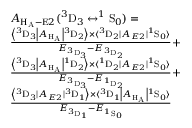
\begin{array} { r l } & { A _ { \mathrm { H _ { A } } - \mathrm { E } 2 } ( ^ { 3 } \mathrm { D } _ { 3 } \leftrightarrow ^ { 1 } \mathrm { S } _ { 0 } ) = } \\ & { \frac { \left\langle ^ 3 \mathrm { D } _ { 3 } \left| A _ { \mathrm { H _ { A } } } \right| { ^ 3 \mathrm { D } _ { 2 } } \right\rangle \times \langle ^ { 3 } \mathrm { D } _ { 2 } | A _ { E 2 } | ^ { 1 } \mathrm { S } _ { 0 } \rangle } { E _ { ^ 3 \mathrm { D } _ { 3 } } - E _ { ^ 3 \mathrm { D } _ { 2 } } } + } \\ & { \frac { \left\langle ^ 3 \mathrm { D } _ { 3 } \left| A _ { \mathrm { H _ { A } } } \right| { ^ 1 \mathrm { D } _ { 2 } } \right\rangle \times \langle ^ { 1 } \mathrm { D } _ { 2 } | A _ { E 2 } | ^ { 1 } \mathrm { S } _ { 0 } \rangle } { E _ { ^ 3 \mathrm { D } _ { 3 } } - E _ { ^ 1 \mathrm { D } _ { 2 } } } + } \\ & { \frac { \left\langle { ^ 3 \mathrm { D } _ { 3 } } | A _ { E 2 } | ^ { 3 } \mathrm { D } _ { 1 } \right\rangle \times \langle ^ { 3 } \mathrm { D } _ { 1 } \left| A _ { \mathrm { H _ { A } } } \right| { ^ 1 \mathrm { S } _ { 0 } } \rangle } { E _ { ^ 3 \mathrm { D } _ { 1 } } - E _ { ^ 1 \mathrm { S } _ { 0 } } } } \end{array}